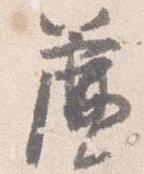
簾